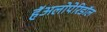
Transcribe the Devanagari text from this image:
हॅअलोपेरिडॉल